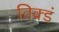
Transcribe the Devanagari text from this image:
तिक्डं